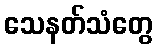
သေနတ်သံတွေ